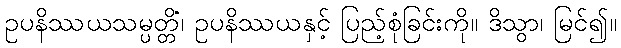
ဥပနိဿယသမ္ပတ္တိံ၊ ဥပနိဿယနှင့် ပြည့်စုံခြင်းကို။ ဒိသွာ၊ မြင်၍။